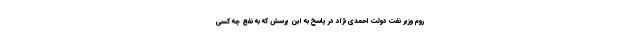
روم وزیر نفت دولت احمدی نژاد در پاسخ به این پرسش که به نفع چه کسی